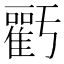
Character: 𮦁